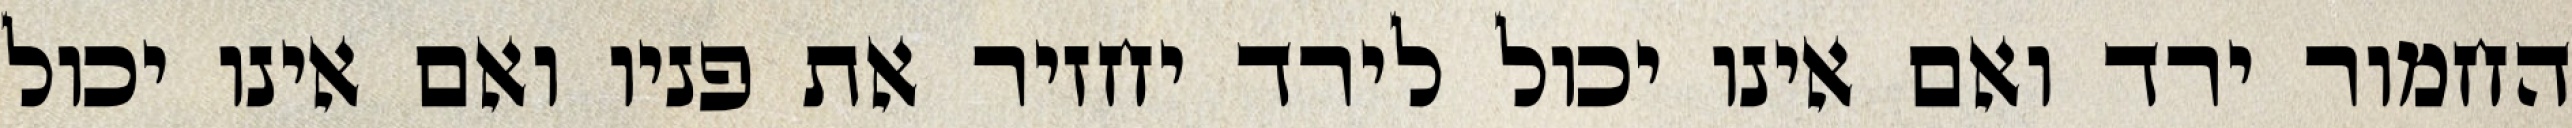
החמור ירד ואם אינו יכול לירד יחזיר את פניו ואם אינו יכול